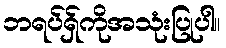
ဘရပ်ရှ်ကိုအသုံးပြုပါ။